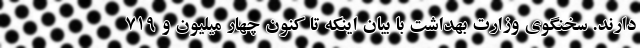
دارند. سخنگوی وزارت بهداشت با بیان اینکه تا کنون چهار میلیون و ۷۱۹